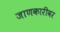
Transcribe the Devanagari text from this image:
जाणकारीवर